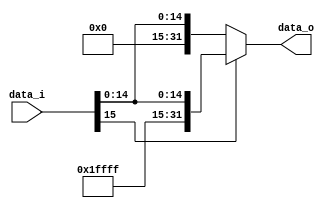
module SE(
	input [15:0]data_i,
	output reg [31:0]data_o
	);
initial data_o=0;

always @(data_i)data_o=data_i[15]?{16'hFFFF,data_i}:{16'h0000,data_i};

endmodule